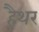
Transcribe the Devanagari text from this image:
हैथर